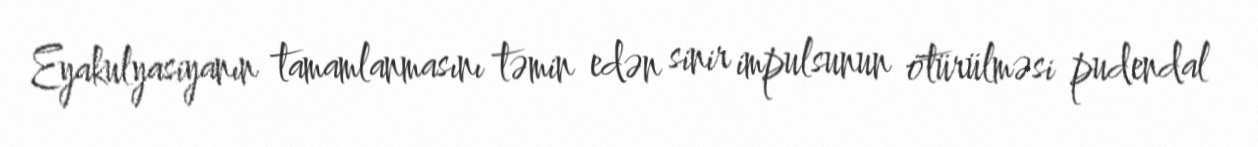
Eyakulyasiyanın tamamlanmasını təmin edən sinir impulsunun ötürülməsi pudendal